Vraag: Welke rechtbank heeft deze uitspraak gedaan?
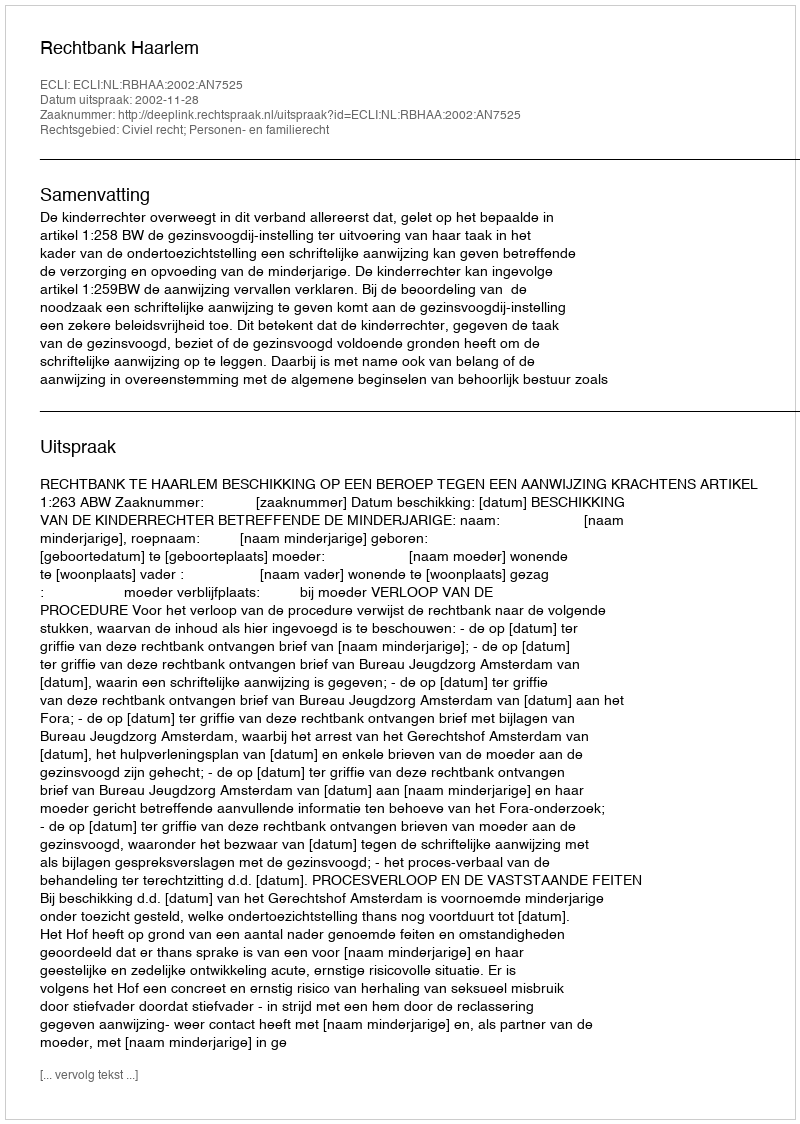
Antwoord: Rechtbank Haarlem